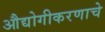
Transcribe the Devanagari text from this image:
औद्योगीकरणाचे